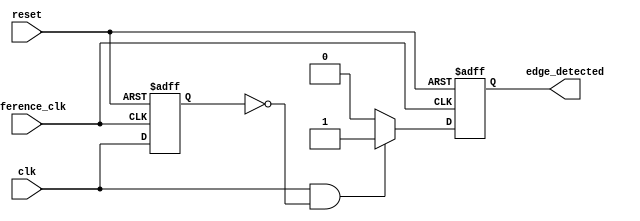
module positive_edge_detector (
    input wire clk,               // Input signal to detect rising edge
    input wire reset,             // Asynchronous reset
    input wire reference_clk,      // Reference clock for sampling
    output reg edge_detected       // Output pulse for rising edge detection
);

// Internal signal to hold the previous state
reg previous_state;

// D Flip-Flop to sample the input signal
always @(posedge reference_clk or posedge reset) begin
    if (reset) begin
        previous_state <= 1'b0;   // Initialize to low on reset
    end else begin
        previous_state <= clk;     // Sample the input signal on reference clock
    end
end

// Edge detection logic
always @(posedge reference_clk or posedge reset) begin
    if (reset) begin
        edge_detected <= 1'b0;     // Initialize output to low on reset
    end else begin
        // Detect rising edge: current state is high, previous state is low
        if (clk && !previous_state) begin
            edge_detected <= 1'b1;   // Generate pulse on rising edge
        end else begin
            edge_detected <= 1'b0;   // Clear pulse otherwise
        end
    end
end

endmodule